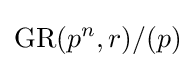
\operatorname {GR} (p^{n},r)/(p)